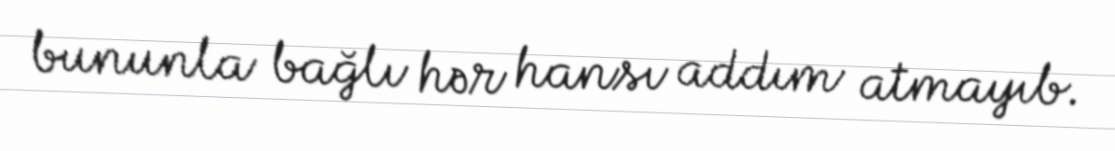
bununla bağlı hər hansı addım atmayıb.